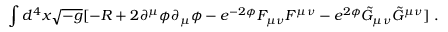
\int { d ^ { 4 } x \sqrt { - g } [ - R + 2 \partial ^ { \mu } \phi \partial _ { \mu } \phi - e ^ { - 2 \phi } F _ { \mu \nu } F ^ { \mu \nu } - e ^ { 2 \phi } \tilde { G } _ { \mu \nu } \tilde { G } ^ { \mu \nu } ] } \ .